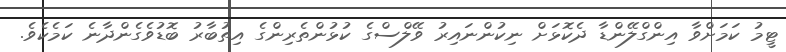
ޓީމު ކަމަށްވާ އިންގްލޭންޑާ ދެކޮޅަށް ނިކުންނައިރު ވޭލްސްގެ ކުޅުންތެރިންގެ އިތުބާރު ބޮޑުވެގެންދާނެ ކަމެކެވެ.